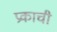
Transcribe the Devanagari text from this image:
प्रकाची